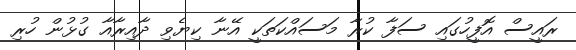
ރައީސް އޮފީހުގައި ސަފާ ކުރާ މަސައްކަތަކީ އޭނާ ކިޔެވި ދާއިރާއާ ގުޅުން ހުރި